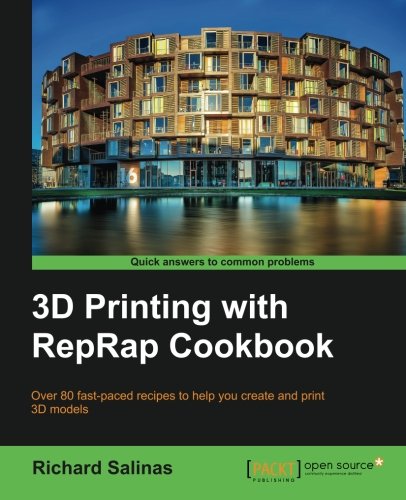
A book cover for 3D Printing with RepRap Cookbook; Richard Salinas; Computers & Technology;